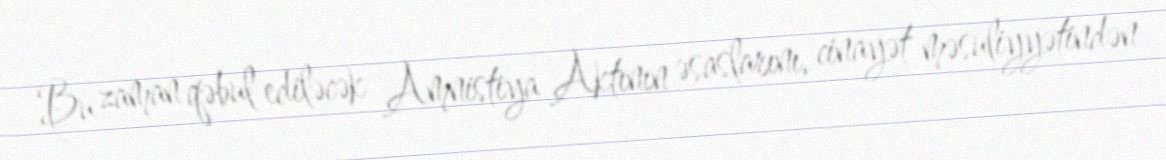
Bu zaman qəbul ediləcək Amnistiya Aktının əsaslarını, cinayət məsuliyyətindən